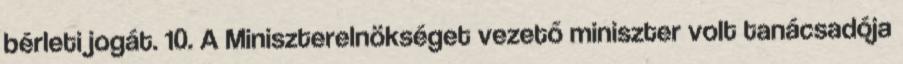
bérleti jogát. 10. A Miniszterelnökséget vezető miniszter volt tanácsadója